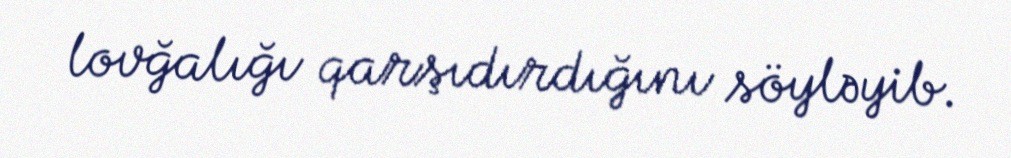
lovğalığı qarşıdırdığını söyləyib.